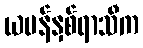
ယမန်နှစ်ရာသီက